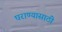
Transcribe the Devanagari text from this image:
घराण्यासाठी